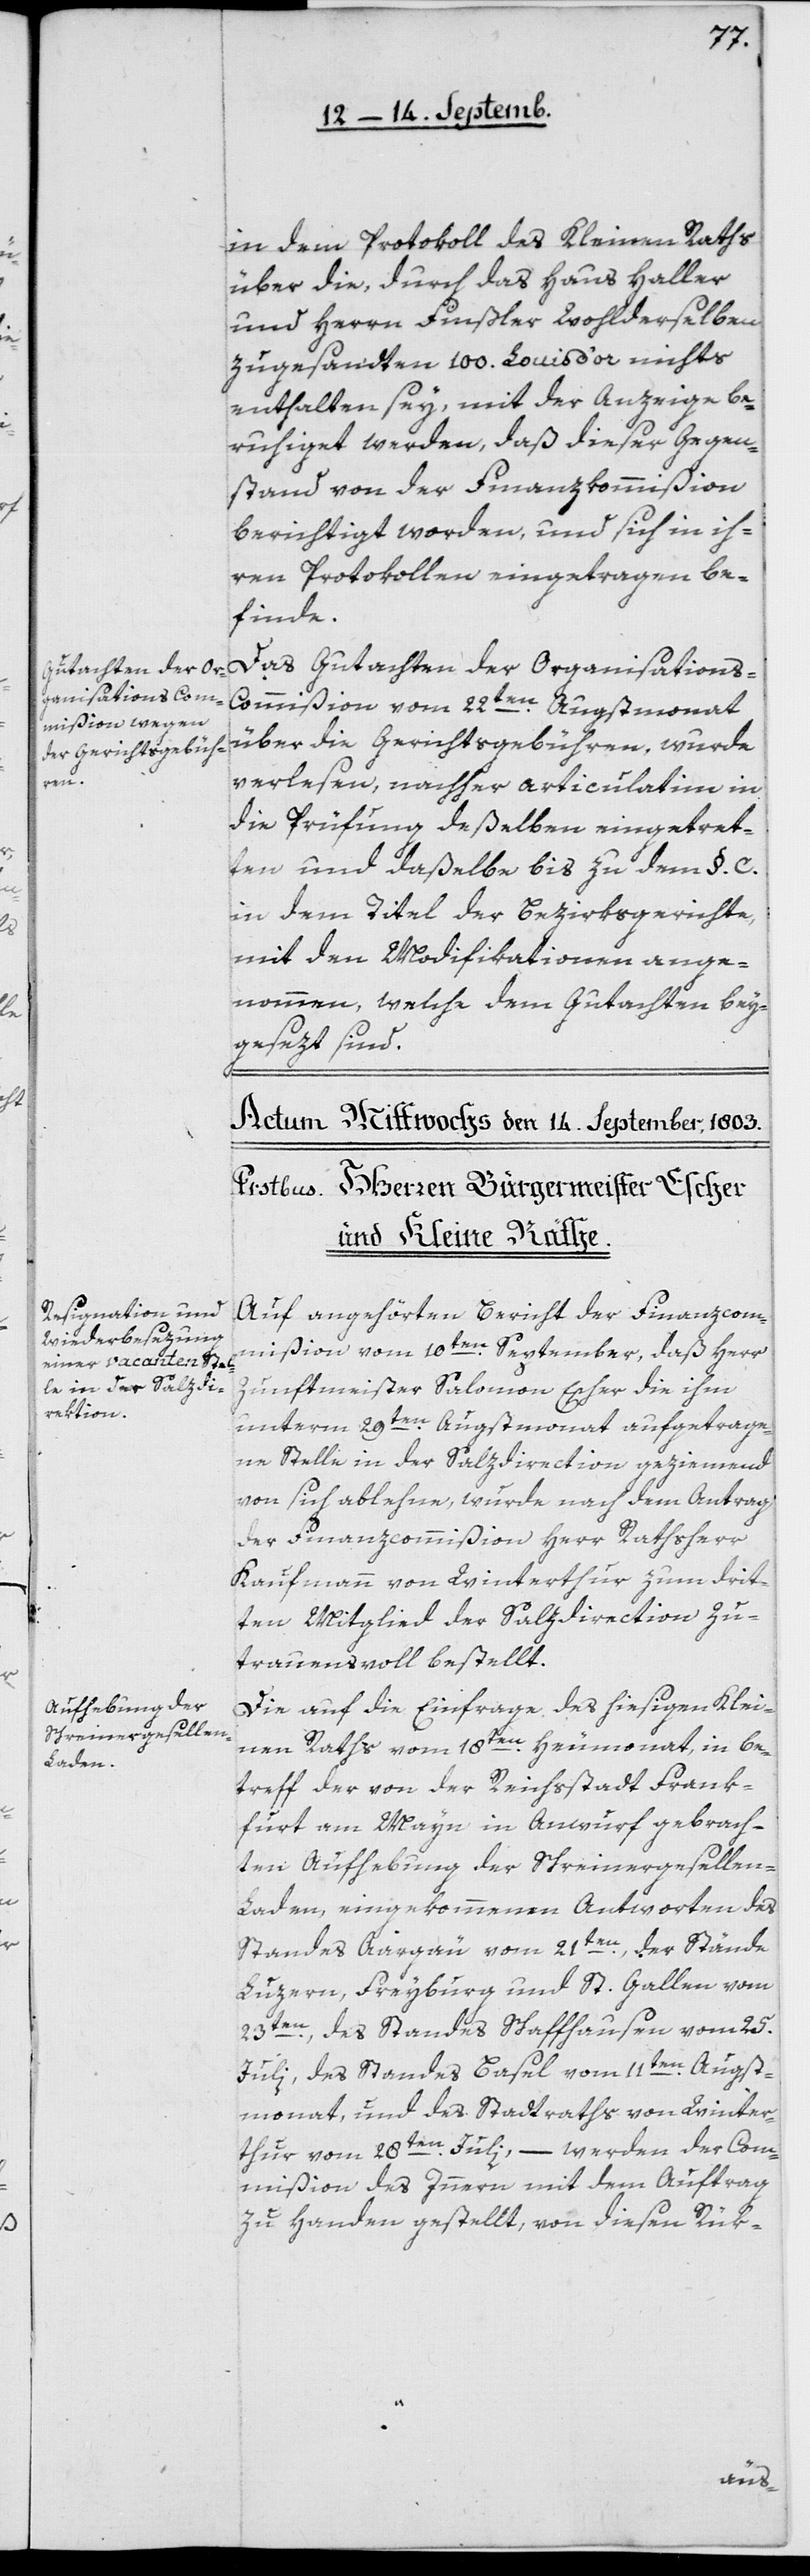
in dem Protokoll des Kleinen Raths
über die, durch das Haus Haller
und Herrn Finsler wohlderselben
zugesandten 100 Louis d’or nichts
enthalten sey, mit der Anzeige be¬
ruhiget werden, daß dieser Gegen¬
stand von der Finanzkommißion
berichtigt worden, und sich in ih¬
ren Protokollen eingetragen be¬
finde.
Das Gutachten der Organisations-C¬
ommißion vom 22ten Augstmonat
über die Gerichtsgebühren , wurde
verlesen, nachher articulatim in
die Prüfungdeßelben eingetret¬
ten und daßelbe bis zu dem § C
in dem Titel der Bezirksgerichte,
mit den Modificationen ange¬
nommen, welche dem Gutachten bey¬
gesezt sind.
Auf angehörten Bericht der Finanzcom¬
mißion vom 10ten September, daß Herr
Zunftmeister Salomon Escher die ihm
unterm 29ten Augstmonat aufgetrage¬
ne Stelle in der Salzdirection geziemend
von sich ablehne, wurde nach dem Antrag
der Finanzcommißion Herr Rathsherr
Kaufmann von Winterthur zum drit¬
ten Mitglied der Salzdirection zu¬
trauensvoll bestellt.
Die auf die Einfrage des hiesigen Klei¬
nen Raths vom 18ten Heumonat, in Be¬
treff der von der Reichsstadt Frank¬
furt am Mayn in Anwurf gebrach¬
ten Aufhebung der Schreinergesellen-L¬
aden, eingekommenen Antworten des
Standes Aargau vom 21ten, der Stände
Luzern, Freyburg und St. Gallen vom
23ten, des Standes Schaffhausen vom 25.
Juli, des Standes Basel vom 11ten Augst¬
monat, und des Stadtraths von Winter¬
thur vom 28ten Juli, – werden der Com¬
mißion des Innern mit dem Auftrag
zu Handen gestellt, von diesen Rük-